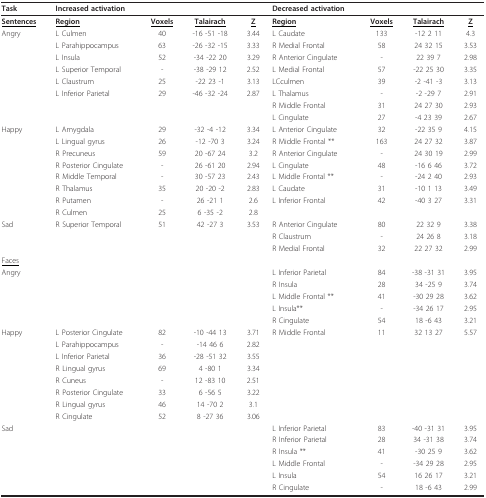
<table><thead><tr><td><b>Task</b></td><td><b>Increased activation</b></td><td></td><td></td><td></td><td><b>Decreased activation</b></td><td></td><td></td><td></td></tr></thead><tbody><tr><td><underline><b>Sentences</b></underline></td><td><underline><b>Region</b></underline></td><td><underline><b>Voxels</b></underline></td><td><underline><b>Talairach</b></underline></td><td><underline><b>Z</b></underline></td><td><underline><b>Region</b></underline></td><td><underline><b>Voxels</b></underline></td><td><underline><b>Talairach</b></underline></td><td><underline><b>Z</b></underline></td></tr><tr><td>Angry</td><td>L Culmen</td><td>40</td><td>-16 -51 -18</td><td>3.44</td><td>L Caudate</td><td>133</td><td>-12 2 11</td><td>4.3</td></tr><tr><td></td><td>L Parahippocampus</td><td>63</td><td>-26 -32 -15</td><td>3.33</td><td>R Medial Frontal</td><td>58</td><td>24 32 15</td><td>3.53</td></tr><tr><td></td><td>L Insula</td><td>52</td><td>-34 -22 20</td><td>3.29</td><td>R Anterior Cingulate</td><td>-</td><td>22 39 7</td><td>2.98</td></tr><tr><td></td><td>L Superior Temporal</td><td>-</td><td>-38 -29 12</td><td>2.52</td><td>L Medial Frontal</td><td>57</td><td>-22 25 30</td><td>3.35</td></tr><tr><td></td><td>L Claustrum</td><td>25</td><td>-22 23 -1</td><td>3.13</td><td>LCculmen</td><td>39</td><td>-2 -41 -3</td><td>3.13</td></tr><tr><td></td><td>L Inferior Parietal</td><td>29</td><td>-46 -32 -24</td><td>2.87</td><td>L Thalamus</td><td>-</td><td>-2 -29 7</td><td>2.91</td></tr><tr><td></td><td></td><td></td><td></td><td></td><td>R Middle Frontal</td><td>31</td><td>24 27 30</td><td>2.93</td></tr><tr><td></td><td></td><td></td><td></td><td></td><td>L Cingulate</td><td>27</td><td>-4 23 39</td><td>2.67</td></tr><tr><td>Happy</td><td>L Amygdala</td><td>29</td><td>-32 -4 -12</td><td>3.34</td><td>L Anterior Cingulate</td><td>32</td><td>-22 35 9</td><td>4.15</td></tr><tr><td></td><td>L Lingual gyrus</td><td>26</td><td>-12 -70 3</td><td>3.24</td><td>R Middle Frontal **</td><td>163</td><td>24 27 32</td><td>3.87</td></tr><tr><td></td><td>R Precuneus</td><td>59</td><td>20 -67 24</td><td>3.2</td><td>R Anterior Cingulate</td><td>-</td><td>24 30 19</td><td>2.99</td></tr><tr><td></td><td>R Posterior Cingulate</td><td>-</td><td>26 -61 20</td><td>2.94</td><td>L Cingulate</td><td>48</td><td>-16 6 46</td><td>3.72</td></tr><tr><td></td><td>R Middle Temporal</td><td>-</td><td>30 -57 23</td><td>2.43</td><td>L Middle Frontal **</td><td>-</td><td>-24 2 40</td><td>2.93</td></tr><tr><td></td><td>R Thalamus</td><td>35</td><td>20 -20 -2</td><td>2.83</td><td>L Caudate</td><td>31</td><td>-10 1 13</td><td>3.49</td></tr><tr><td></td><td>R Putamen</td><td>-</td><td>26 -21 1</td><td>2.6</td><td>L Inferior Frontal</td><td>42</td><td>-40 3 27</td><td>3.31</td></tr><tr><td></td><td>R Culmen</td><td>25</td><td>6 -35 -2</td><td>2.8</td><td></td><td></td><td></td><td></td></tr><tr><td>Sad</td><td>R Superior Temporal</td><td>51</td><td>42 -27 3</td><td>3.53</td><td>R Anterior Cingulate</td><td>80</td><td>22 32 9</td><td>3.38</td></tr><tr><td></td><td></td><td></td><td></td><td></td><td>R Claustrum</td><td>-</td><td>24 26 8</td><td>3.18</td></tr><tr><td></td><td></td><td></td><td></td><td></td><td>R Medial Frontal</td><td>32</td><td>22 27 32</td><td>2.99</td></tr><tr><td><underline>Faces</underline></td><td></td><td></td><td></td><td></td><td></td><td></td><td></td><td></td></tr><tr><td>Angry</td><td></td><td></td><td></td><td></td><td>L Inferior Parietal</td><td>84</td><td>-38 -31 31</td><td>3.95</td></tr><tr><td></td><td></td><td></td><td></td><td></td><td>R Insula</td><td>28</td><td>34 -25 9</td><td>3.74</td></tr><tr><td></td><td></td><td></td><td></td><td></td><td>L Middle Frontal **</td><td>41</td><td>-30 29 28</td><td>3.62</td></tr><tr><td></td><td></td><td></td><td></td><td></td><td>L Insula**</td><td>-</td><td>-34 26 17</td><td>2.95</td></tr><tr><td></td><td></td><td></td><td></td><td></td><td>R Cingulate</td><td>54</td><td>18 -6 43</td><td>3.21</td></tr><tr><td>Happy</td><td>L Posterior Cingulate</td><td>82</td><td>-10 -44 13</td><td>3.71</td><td>R Middle Frontal</td><td>11</td><td>32 13 27</td><td>5.57</td></tr><tr><td></td><td>L Parahippocampus</td><td>-</td><td>-14 46 6</td><td>2.82</td><td></td><td></td><td></td><td></td></tr><tr><td></td><td>L Inferior Parietal</td><td>36</td><td>-28 -51 32</td><td>3.55</td><td></td><td></td><td></td><td></td></tr><tr><td></td><td>R Lingual gyrus</td><td>69</td><td>4 -80 1</td><td>3.34</td><td></td><td></td><td></td><td></td></tr><tr><td></td><td>R Cuneus</td><td>-</td><td>12 -83 10</td><td>2.51</td><td></td><td></td><td></td><td></td></tr><tr><td></td><td>R Posterior Cingulate</td><td>33</td><td>6 -56 5</td><td>3.22</td><td></td><td></td><td></td><td></td></tr><tr><td></td><td>R Lingual gyrus</td><td>46</td><td>14 -70 2</td><td>3.1</td><td></td><td></td><td></td><td></td></tr><tr><td></td><td>R Cingulate</td><td>52</td><td>8 -27 36</td><td>3.06</td><td></td><td></td><td></td><td></td></tr><tr><td>Sad</td><td></td><td></td><td></td><td></td><td>L Inferior Parietal</td><td>83</td><td>-40 -31 31</td><td>3.95</td></tr><tr><td></td><td></td><td></td><td></td><td></td><td>R Inferior Parietal</td><td>28</td><td>34 -31 38</td><td>3.74</td></tr><tr><td></td><td></td><td></td><td></td><td></td><td>R Insula **</td><td>41</td><td>-30 25 9</td><td>3.62</td></tr><tr><td></td><td></td><td></td><td></td><td></td><td>L Middle Frontal</td><td>-</td><td>-34 29 28</td><td>2.95</td></tr><tr><td></td><td></td><td></td><td></td><td></td><td>L Insula</td><td>54</td><td>16 26 17</td><td>3.21</td></tr><tr><td></td><td></td><td></td><td></td><td></td><td>R Cingulate</td><td>-</td><td>18 -6 43</td><td>2.99</td></tr></tbody></table>